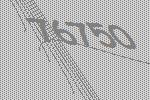
76750